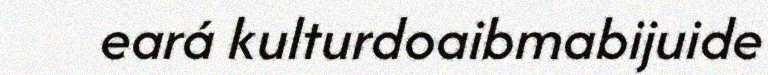
eará kulturdoaibmabijuide